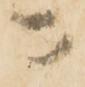
ニ